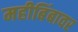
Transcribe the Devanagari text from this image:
महीबिंबावर